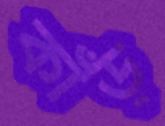
কাঁড়